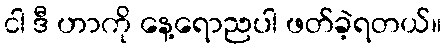
ငါ ဒီ ဟာကို နေ့ရောညပါ ဖတ်ခဲ့ရတယ်။